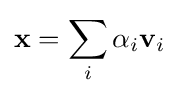
\mathbf {x} =\sum _{i}\alpha _{i}\mathbf {v} _{i}